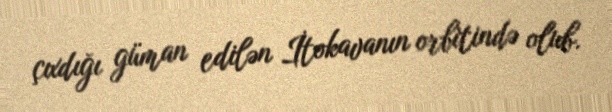
çıxdığı güman edilən İtokavanın orbitində olub.